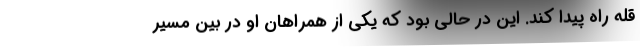
قله راه پیدا کند. این در حالی بود که یکی از همراهان او در بین مسیر